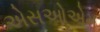
એસઓએમ